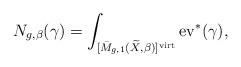
LaTeX: \begin{align*}N_{g,\beta}(\gamma)=\int_{[\bar M_{g,1}(\widetilde X,\beta)]^{\rm virt}} {\rm ev}^*(\gamma),\end{align*}